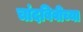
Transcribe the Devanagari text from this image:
चांदबिबीच्या